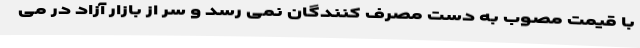
با قیمت مصوب به دست مصرف کنندگان نمی رسد و سر از بازار آزاد در می